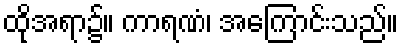
ထိုအရာ၌။ ကာရဏံ၊ အကြောင်းသည်။